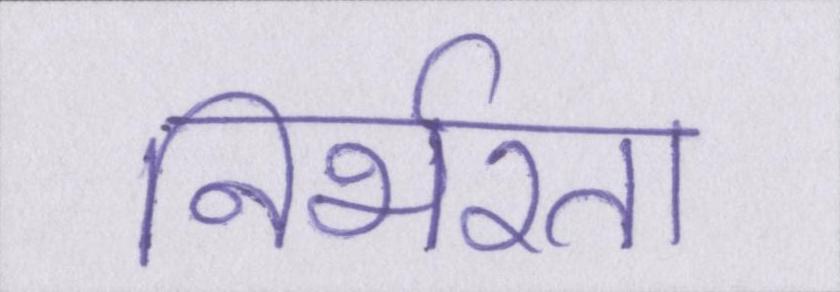
निर्भरता